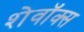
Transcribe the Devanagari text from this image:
शेवॉक्स